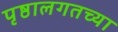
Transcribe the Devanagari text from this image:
पृष्ठालगतच्या